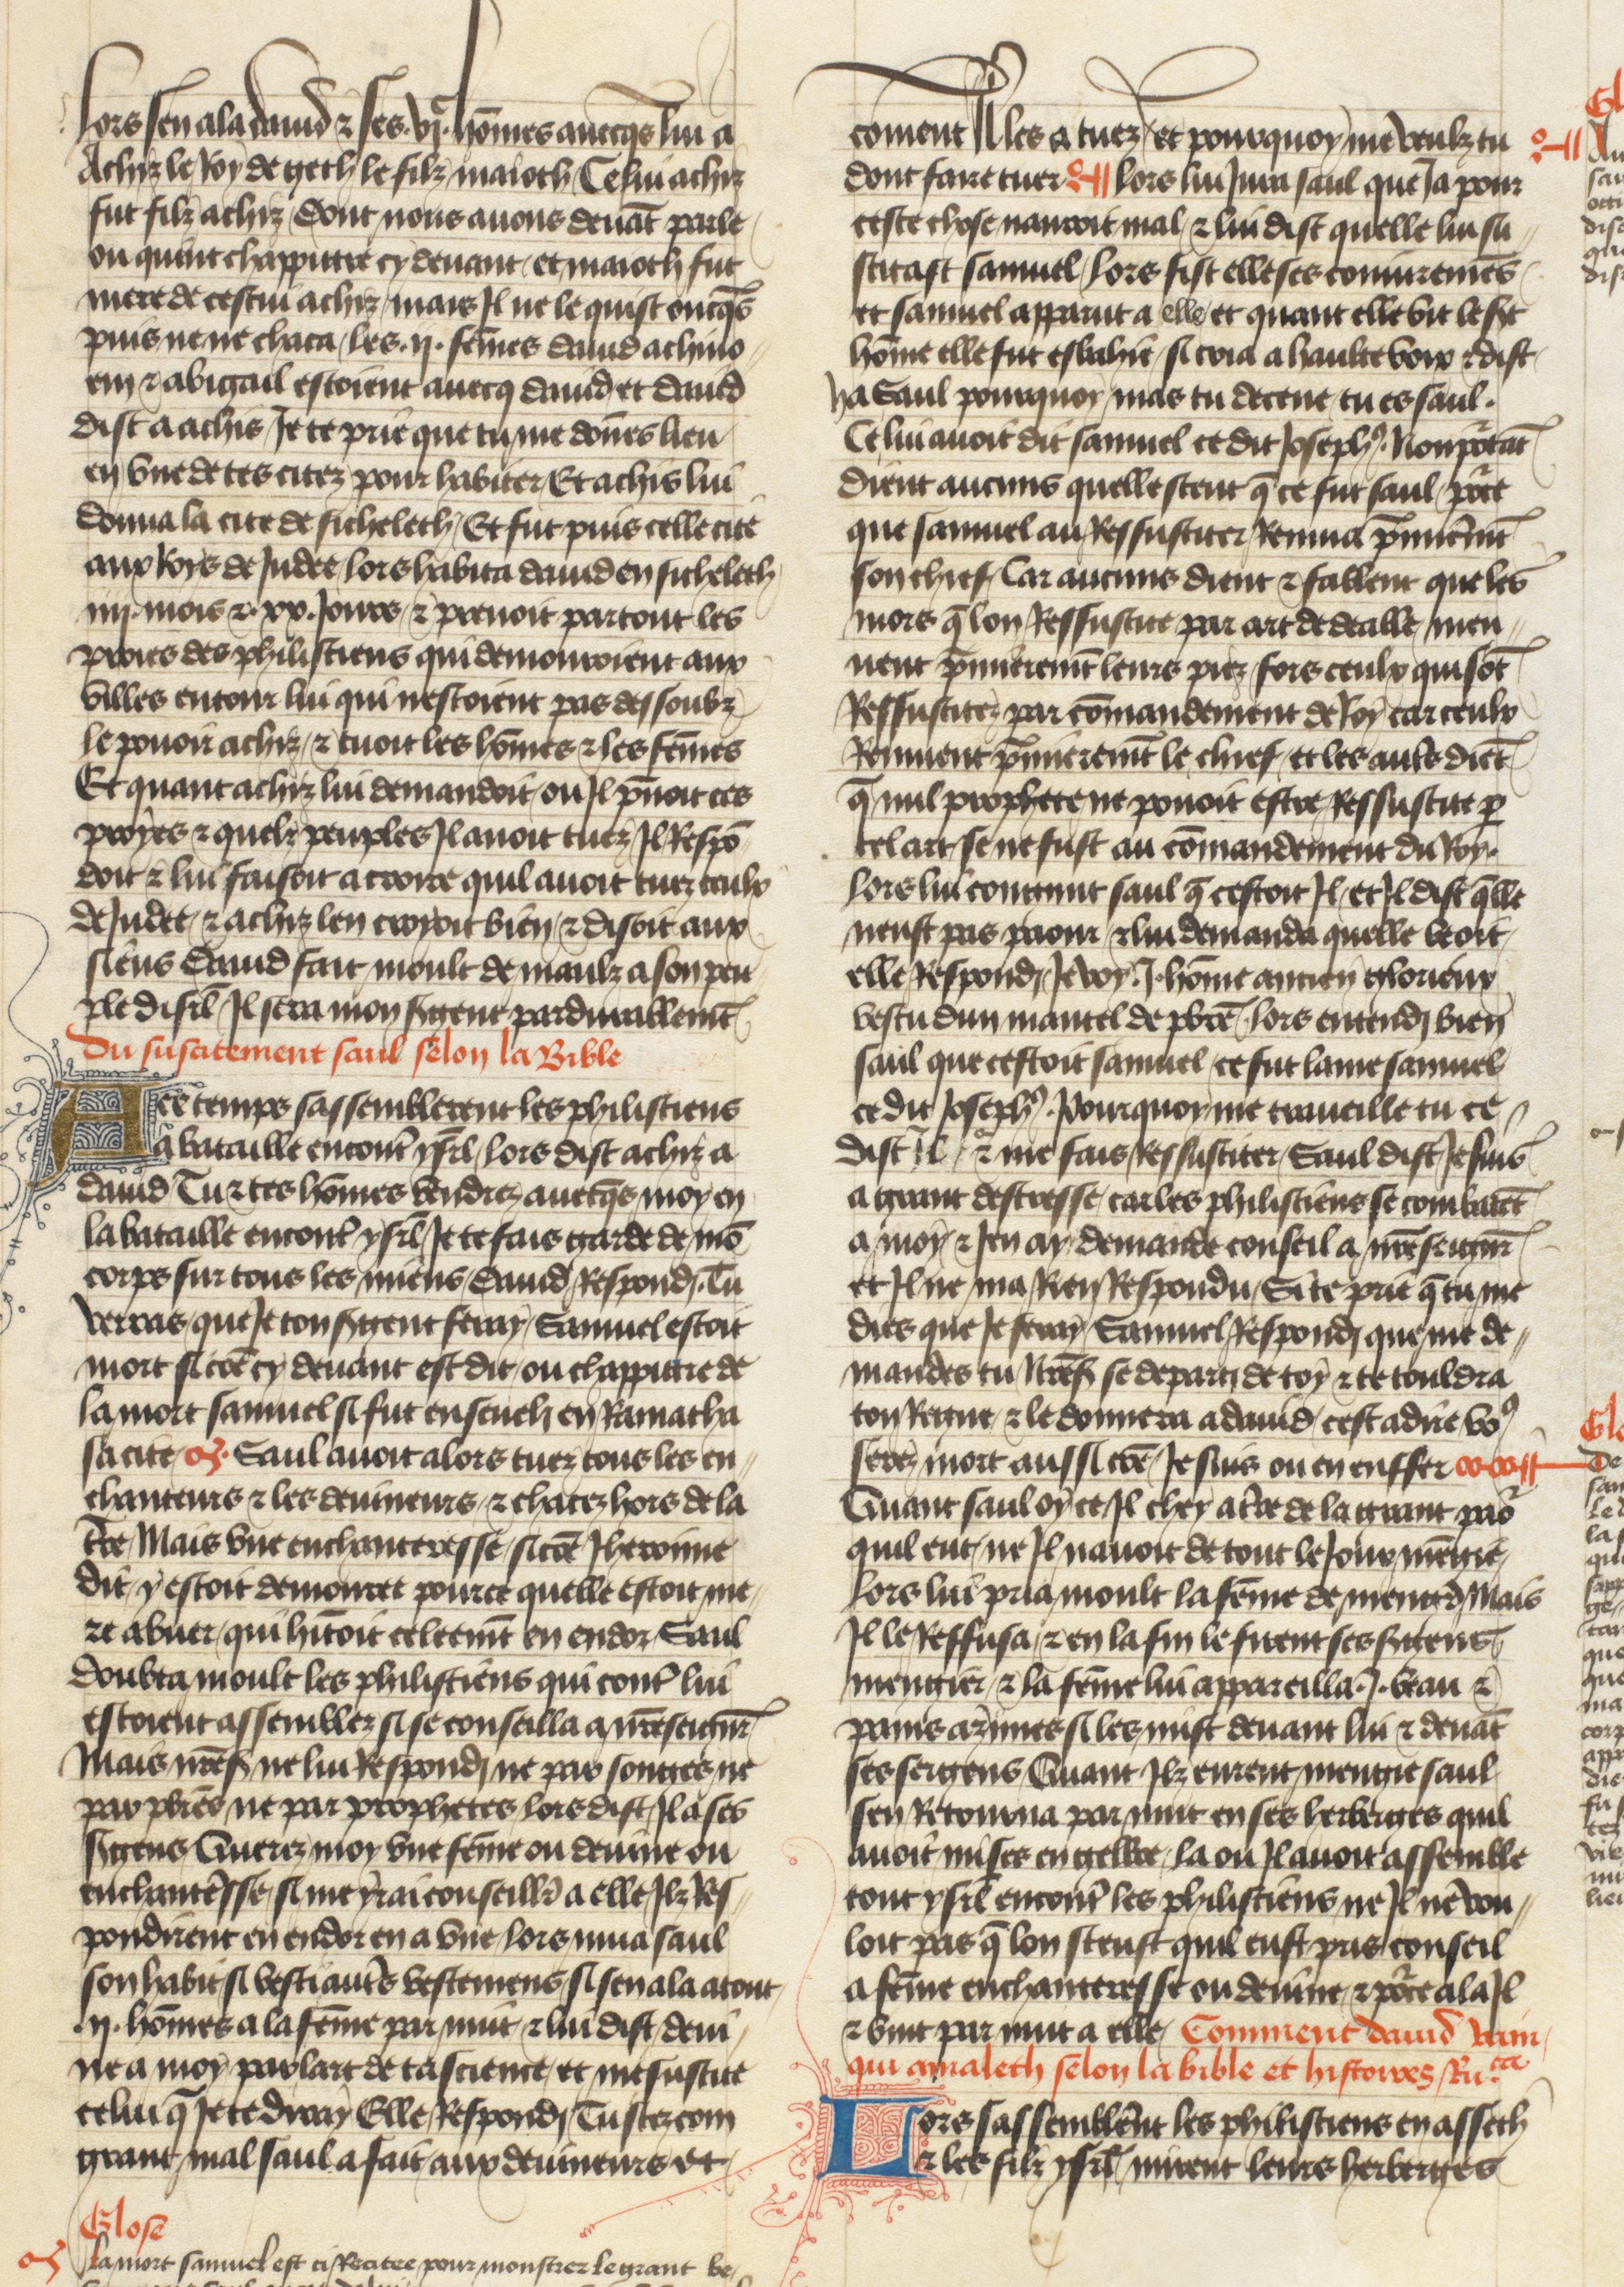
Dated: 1400–1450